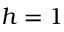
h = 1